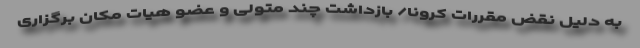
به دلیل نقض مقررات کرونا/ بازداشت چند متولی و عضو هیات مکان برگزاری